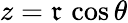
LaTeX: z=\mathfrak{r}\, \cos\theta